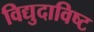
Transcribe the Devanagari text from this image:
विद्युदाविष्ट